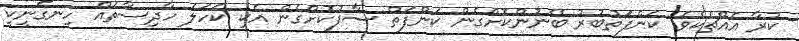
ކުރާ އެއްޗެކެވެ. ކަންފަތުބުރު ބޭނުންކޮށްގެން ކަންފަތް ސާފުކޮށްގެން އެކި ކަހަލަ ހާދިސާތައް ހިނގަނީކީ